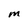
Character: M